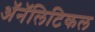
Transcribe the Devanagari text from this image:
ॲनॅलिटिकल